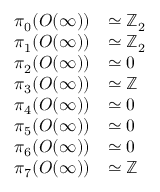
{ \begin{array} { r l } { \pi _ { 0 } ( O ( \infty ) ) } & { \simeq \mathbb { Z } _ { 2 } } \\ { \pi _ { 1 } ( O ( \infty ) ) } & { \simeq \mathbb { Z } _ { 2 } } \\ { \pi _ { 2 } ( O ( \infty ) ) } & { \simeq 0 } \\ { \pi _ { 3 } ( O ( \infty ) ) } & { \simeq \mathbb { Z } } \\ { \pi _ { 4 } ( O ( \infty ) ) } & { \simeq 0 } \\ { \pi _ { 5 } ( O ( \infty ) ) } & { \simeq 0 } \\ { \pi _ { 6 } ( O ( \infty ) ) } & { \simeq 0 } \\ { \pi _ { 7 } ( O ( \infty ) ) } & { \simeq \mathbb { Z } } \end{array} }